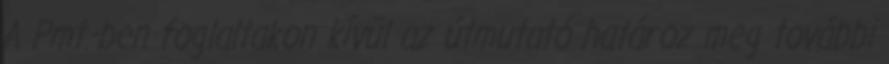
A Pmt.-ben foglaltakon kívül az útmutató határoz meg további